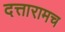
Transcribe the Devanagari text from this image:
दत्तारामच